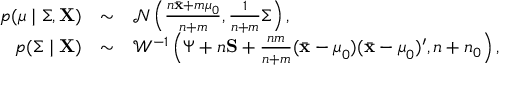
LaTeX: \begin{array} { r c l } { p ( { \boldsymbol { \mu } } \mid { \boldsymbol { \Sigma } } , \mathbf { X } ) } & { \sim } & { { \mathcal { N } } \left( { \frac { n { \bar { \mathbf { x } } } + m { \boldsymbol { \mu } } _ { 0 } } { n + m } } , { \frac { 1 } { n + m } } { \boldsymbol { \Sigma } } \right) , } \\ { p ( { \boldsymbol { \Sigma } } \mid \mathbf { X } ) } & { \sim } & { { \mathcal { W } } ^ { - 1 } \left( { \boldsymbol { \Psi } } + n \mathbf { S } + { \frac { n m } { n + m } } ( { \bar { \mathbf { x } } } - { \boldsymbol { \mu } } _ { 0 } ) ( { \bar { \mathbf { x } } } - { \boldsymbol { \mu } } _ { 0 } ) ^ { \prime } , n + n _ { 0 } \right) , } \end{array}